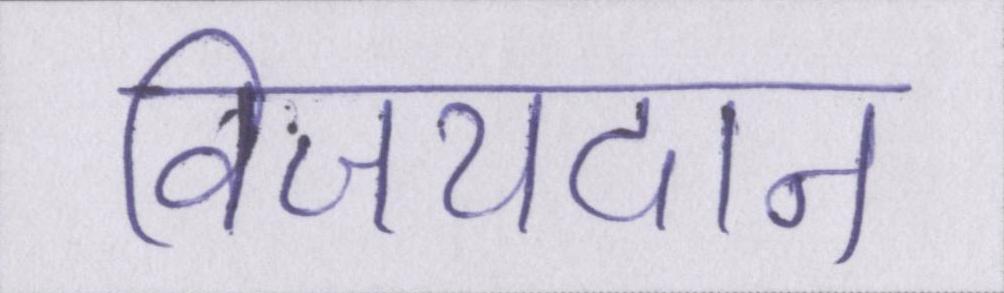
विजयदान